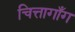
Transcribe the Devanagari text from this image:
चित्तागाँग